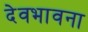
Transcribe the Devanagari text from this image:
देवभावना